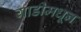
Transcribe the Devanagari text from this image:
गाडीमधून